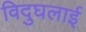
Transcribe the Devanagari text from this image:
विदुघलाई